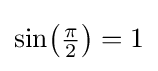
{\sin }{\bigl (}{\tfrac {\pi }{2}}{\bigr )}=1